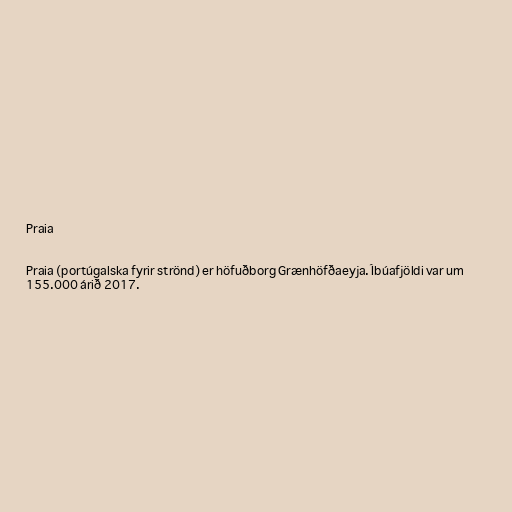
Praia

Praia (portúgalska fyrir strönd) er höfuðborg Grænhöfðaeyja. Íbúafjöldi var um
155.000 árið 2017.